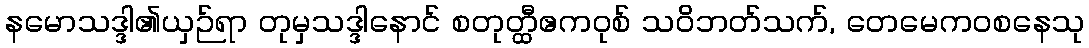
နမောသဒ္ဒါ၏ယှဉ်ရာ တုမှသဒ္ဒါနောင် စတုတ္ထီဧကဝုစ် သဝိဘတ်သက်, တေမေကဝစနေသု